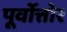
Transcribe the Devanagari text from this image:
पूर्वोत्तोर